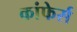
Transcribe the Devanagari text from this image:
कांफेर्स